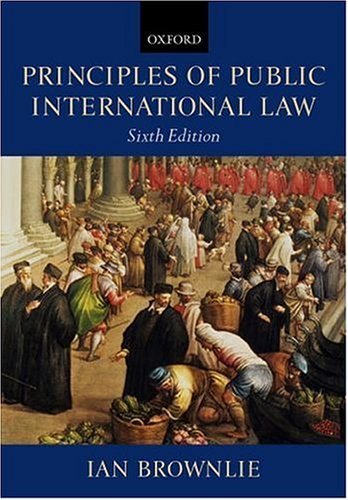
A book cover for Principles of Public International Law; Ian Brownlie; Law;